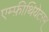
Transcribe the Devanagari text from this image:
एम्फ़ीथियेटरम्